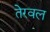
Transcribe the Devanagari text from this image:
तेरवल